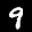
Label: 9